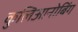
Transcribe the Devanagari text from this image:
कुलिआनोबिंग